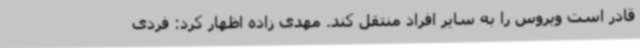
قادر است ویروس را به سایر افراد منتقل کند. مهدی زاده اظهار کرد: فردی